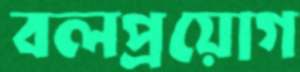
বলপ্রয়োগ